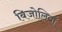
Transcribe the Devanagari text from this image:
बिजोलियाँ